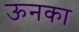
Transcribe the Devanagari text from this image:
ऊनका